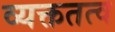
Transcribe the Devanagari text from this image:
व्यक्ततत्व